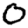
Digit: 0